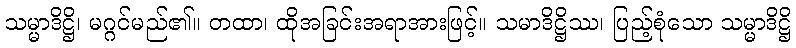
သမ္မာဒိဋ္ဌိ၊ မဂ္ဂင်မည်၏။ တထာ၊ ထိုအခြင်းအရာအားဖြင့်။ သမာဒိဋ္ဌိဿ၊ ပြည့်စုံသော သမ္မာဒိဋ္ဌိ